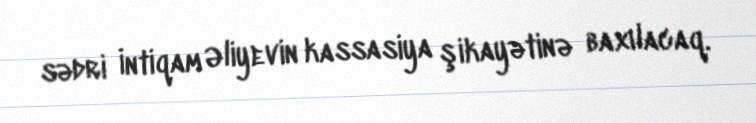
sədri İntiqam Əliyevin kassasiya şikayətinə baxılacaq.